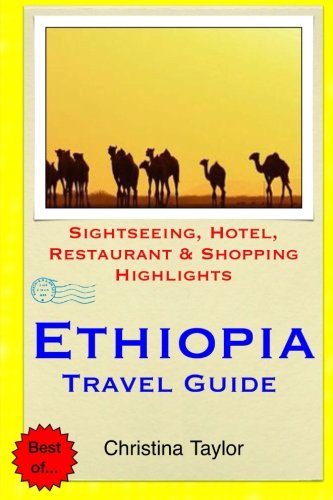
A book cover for Ethiopia Travel Guide: Sightseeing, Hotel, Restaurant & Shopping Highlights; Christina Taylor; Travel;